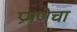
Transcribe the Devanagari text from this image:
प्रमणेचा